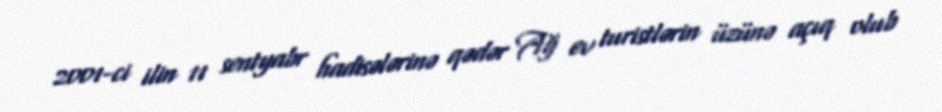
2001-ci ilin 11 sentyabr hadisələrinə qədər Ağ ev turistlərin üzünə açıq olub